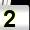
Digit: 2